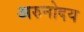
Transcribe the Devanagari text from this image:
अरुनोदय